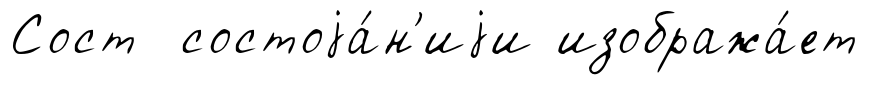
Сост состоjа́н'иjи изобража́ет